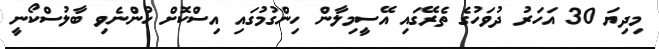
މިދިޔަ 30 އަހަރު ދުވަހުގެ ތެރޭގައި އޭސީމިލާން ހިންގުމުގައި އިސްކޮށް ހުންނެވި ބާލުސްކޯނީ